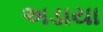
અડાયા